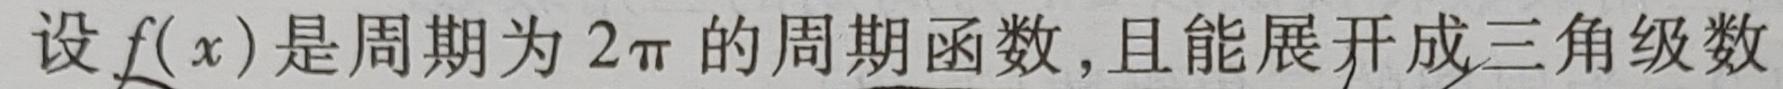
设$f(x)$是周期为$2\pi$的周期函数,且能展开成三角级数